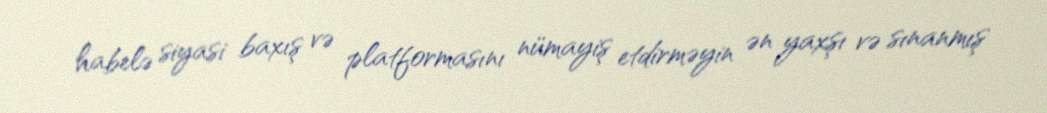
habelə siyasi baxış və platformasını nümayiş etdirməyin ən yaxşı və sınanmış